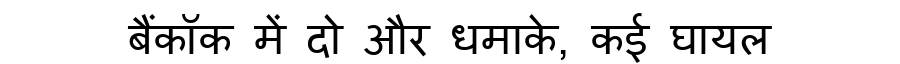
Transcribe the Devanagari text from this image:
बैंकॉक में दो और धमाके, कई घायल